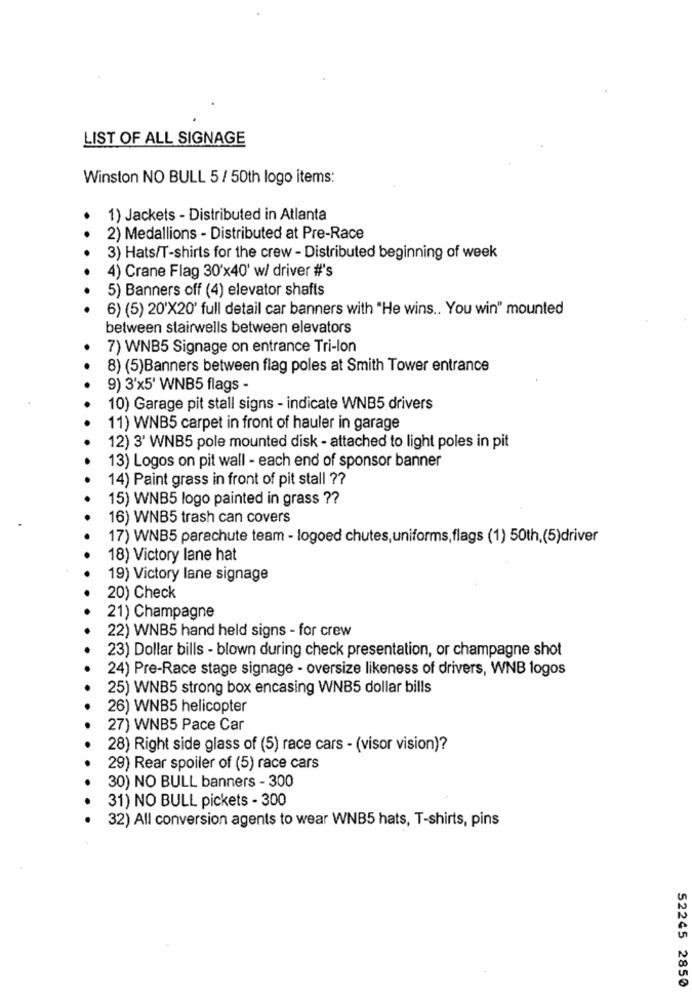
LIST OF ALL SIGNAGE
Winston NO BULL 5 / 50th logo items:
1) Jackets - Distributed in Atlanta
2) Medallions - Distributed at Pre-Race
3) Hats/T-shirts for the crew - Distributed beginning of week
4) Crane Flag 30'x40' w/ driver #'s
5) Banners off (4) elevator shafts
6) (5) 20'X20' full detail car banners with "He wins .. You win" mounted
between stairwells between elevators
7) WNB5 Signage on entrance Tri-lon
8) (5)Banners between flag poles at Smith Tower entrance
9) 3'x5' WNB5 flags -
10) Garage pit stall signs - indicate WNB5 drivers
11) WNB5 carpet in front of hauler in garage
12) 3' WNB5 pole mounted disk - attached to light poles in pit
13) Logos on pit wall - each end of sponsor banner
14) Paint grass in front of pit stall ??
15) WNB5 logo painted in grass ??
16) WNB5 trash can covers
17) WNB5 parachute team - logoed chutes, uniforms,flags (1) 50th,(5)driver
18) Victory lane hat
19) Victory lane signage
20) Check
21) Champagne
22) WNB5 hand held signs - for crew
23) Dollar bills - blown during check presentation, or champagne shot
24) Pre-Race stage signage - oversize likeness of drivers, WNB logos
25) WNB5 strong box encasing WNB5 dollar bills
26) WNB5 helicopter
27) WNB5 Pace Car
28) Right side glass of (5) race cars - (visor vision)?
29) Rear spoiler of (5) race cars
30) NO BULL banners - 300
31) NO BULL pickets - 300
32) All conversion agents to wear WNB5 hats, T-shirts, pins
52245 2850